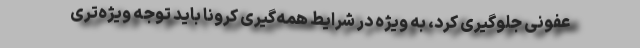
عفونی جلوگیری کرد، به ویژه در شرایط همه‌گیری کرونا باید توجه ویژه‌تری